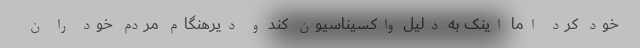
خود کرد اما اینک به دلیل واکسیناسیون کند و دیرهنگام مردم خود را ن